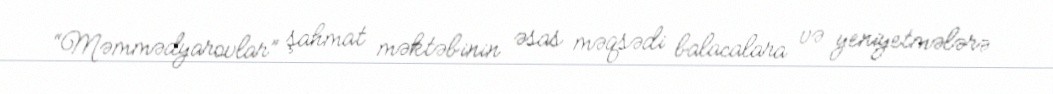
“Məmmədyarovlar” şahmat məktəbinin əsas məqsədi balacalara və yeniyetmələrə